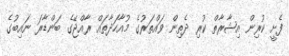
ފެށީ ކުރިން އިޝާރާތް ކުރި ދެތިން ވައްތަރުގެ މުއާހަދާތައް ރާއްޖޭގެ ބަންޑާރަ ނައިބުގެ